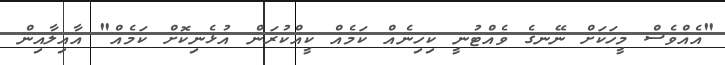
"އެއްވެސް މީހަކަށް ނޭނގެ ވެއްޓުނީ ކިހިނެއް ކަމެއް ކީއްކުރަން އުޅެނިކޮށް ކަމެއް" އާއިލާއިން